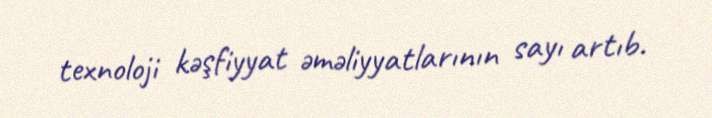
texnoloji kəşfiyyat əməliyyatlarının sayı artıb.